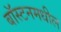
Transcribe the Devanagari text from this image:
बॉस्टनमधील